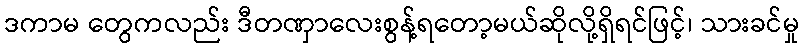
ဒကာမ တွေကလည်း ဒီတဏှာလေးစွန့်ရတော့မယ်ဆိုလို့ရှိရင်ဖြင့်၊ သားခင်မှု